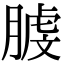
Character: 𦞬